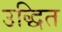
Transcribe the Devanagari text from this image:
उद्धित